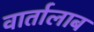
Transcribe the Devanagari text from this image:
वार्तालाब